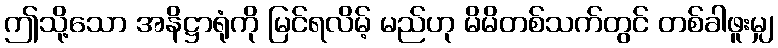
ဤသို့သော အနိဋ္ဌာရုံကို မြင်ရလိမ့် မည်ဟု မိမိတစ်သက်တွင် တစ်ခါဖူးမျှ